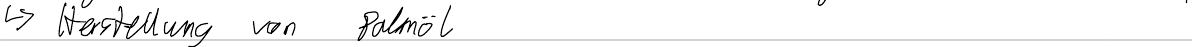
-> Herstellung von Palmöl